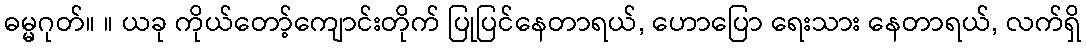
ဓမ္မဂုတ်။ ။ ယခု ကိုယ်တော့်ကျောင်းတိုက် ပြုပြင်နေတာရယ်, ဟောပြော ရေးသား နေတာရယ်, လက်ရှိ